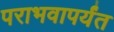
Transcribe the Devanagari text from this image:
पराभवापर्यंत